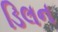
ડિલન